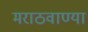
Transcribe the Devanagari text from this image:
मराठवाण्या